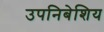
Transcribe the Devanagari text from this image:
उपनिबेशिय